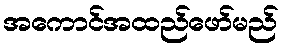
အကောင်အထည်ဖော်မည်